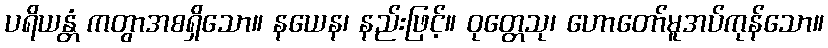
ပရိယန္တံ ကတွာအစရှိသော။ နယေန၊ နည်းဖြင့်။ ဝုတ္တေသု၊ ဟောတော်မူအပ်ကုန်သော။